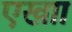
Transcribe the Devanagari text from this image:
एखाा